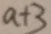
a + 3